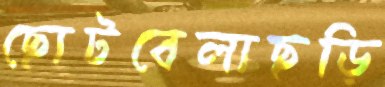
ছোটবেলাছড়ি